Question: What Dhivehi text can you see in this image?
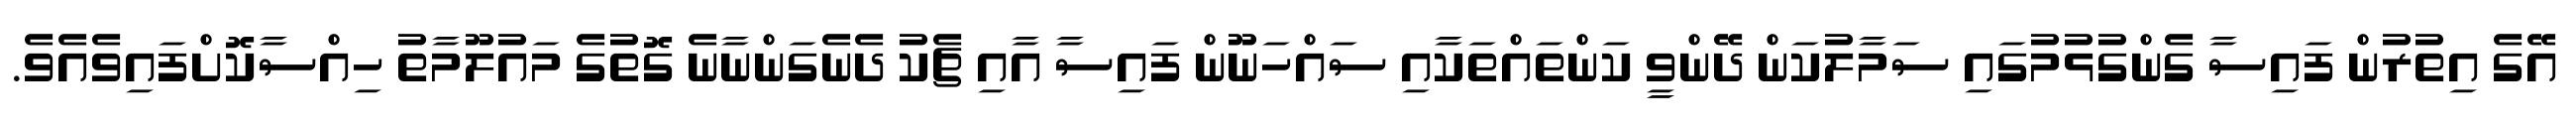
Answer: އޭގެ އިތުރުން ފައިސާ ގެންގުޅުމުގައި ސަމާލުކަން ދޭންވީ ކަންތައްތަކާއި ސައްހަނޫން ފައިސާ އާއި ޗެކު ދެނެގަންނާނެ ގޮތުގެ މައުލޫމާތު ހިއްސާކޮށްފައިވެއެވެ.